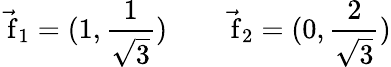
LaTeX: \vec{\mathrm{\mathbf~f}}_{1}=(1,{\frac{1}{\sqrt{3}}})\qquad\vec{\mathrm{\mathbf~f}}_{2}=(0,{\frac{2}{\sqrt{3}}})